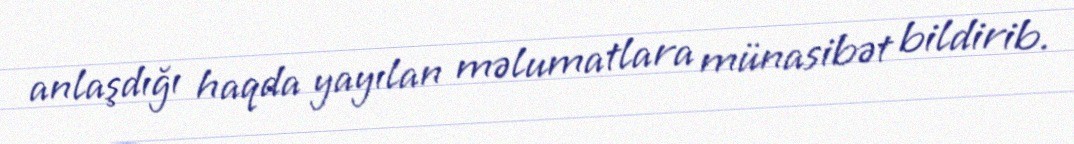
anlaşdığı haqda yayılan məlumatlara münasibət bildirib.